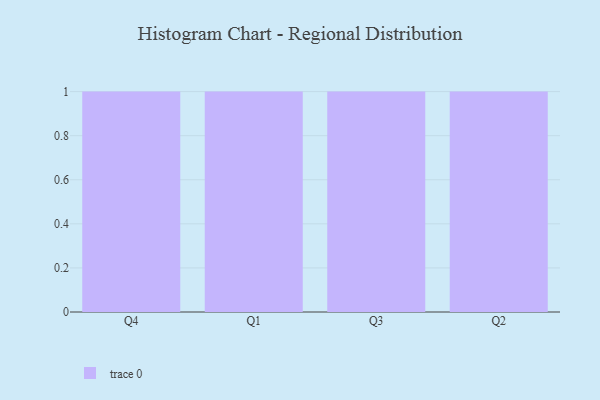
{"axis": {"x": "Quarter", "y": "Churn Rate (%)"}, "legend": [""], "data": [{"x": "Q4", "y": 27, "type": ""}, {"x": "Q1", "y": 10, "type": ""}, {"x": "Q3", "y": 50, "type": ""}, {"x": "Q2", "y": 17, "type": ""}]}